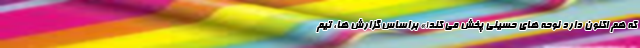
که هم اکنون دارد نوحه های حسینی پخش می کند!» براساس گزارش ها، تیم